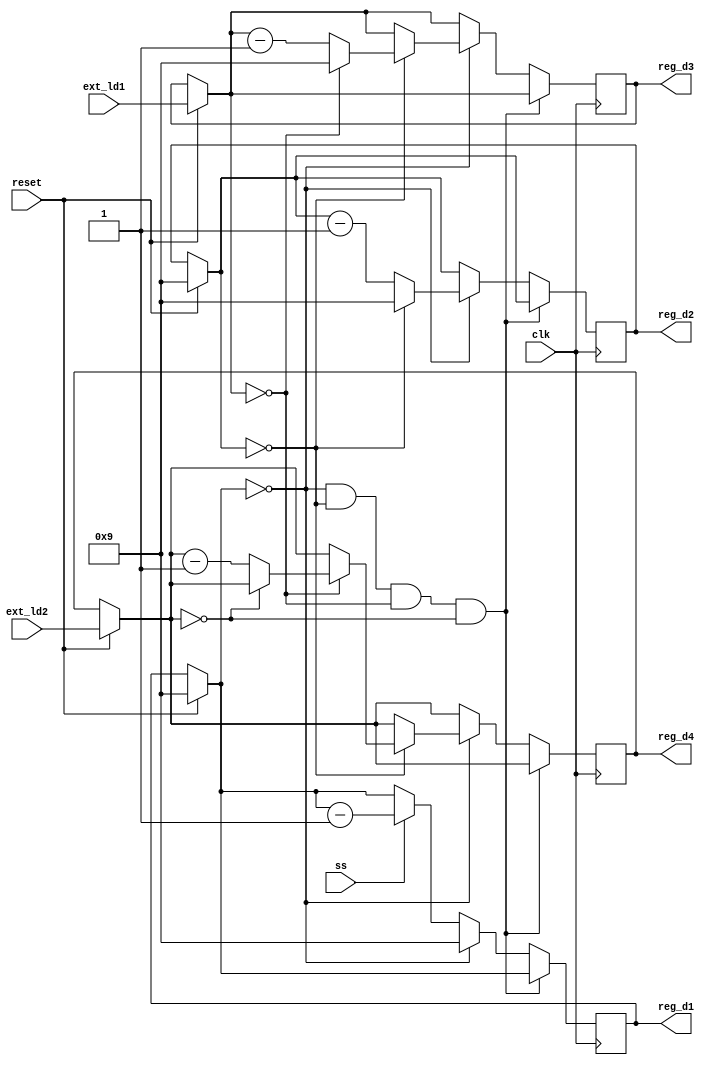
`timescale 1ns / 1ps

module down_counter(
    input clk,
    input reset,
    input ss,
    input[3:0] ext_ld1,
    input[3:0] ext_ld2,
    output reg [3:0] reg_d1,
    output reg [3:0] reg_d2,
    output reg [3:0] reg_d3,
    output reg [3:0] reg_d4
);

initial begin
    reg_d1 = 0;
    reg_d2 = 0;
    reg_d3 = 0;
    reg_d4 = 0;
end

always @(posedge clk) begin
    
    if (reset) begin
        reg_d1 = 9;
        reg_d2 = 9;
        reg_d3 = ext_ld1;
        reg_d4 = ext_ld2;
    end
        
        if (!(reg_d1==0 && reg_d2==0 && reg_d3==0 && reg_d4==0)) begin
        
            if(reg_d1 == 0) begin
                reg_d1 <= 9;
                if(reg_d2 == 0) begin
                    reg_d2 <= 9;
                    if (reg_d3 == 0) begin
                        reg_d3 <= 9;
                        if (reg_d4 == 0) begin
                        end
                        else
                            reg_d4 <= reg_d4-1;
                    end
                    else
                        reg_d3 <= reg_d3-1;
                end
                else
                    reg_d2 <= reg_d2-1;
            end
            else begin
                if(ss)
                    reg_d1 <= reg_d1-1;
            end
        
        end
end

endmodule